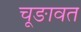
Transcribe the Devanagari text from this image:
चूङावत